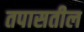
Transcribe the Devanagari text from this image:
तपासतील